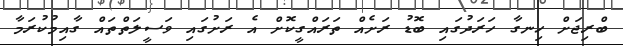
ބްރިޖަށް ހިނގާ ހަރަދުގައި ބޮޑު ރަށެއް ތަރައްގީކޮށް އެ ރަށުގައި ވަސީލަތްތައް ގާއިމުކުރަމާ